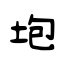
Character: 垉